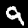
Digit: 9